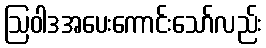
ဩဝါဒအပေးကောင်းသော်လည်း